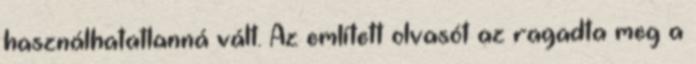
használhatatlanná vált. Az említett olvasót az ragadta meg a